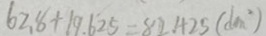
6 2 . 8 + 1 9 . 6 2 5 = 8 2 . 4 2 5 ( d m ^ { 2 } )